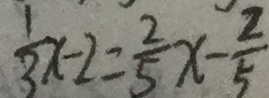
\frac { 1 } { 3 } x - 2 = \frac { 2 } { 5 } x - \frac { 2 } { 5 }